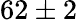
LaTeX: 62\pm 2